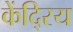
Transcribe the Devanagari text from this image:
केंदि्रय